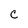
Character: C